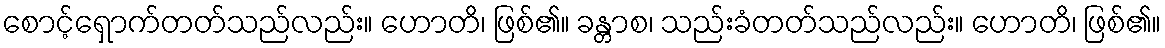
စောင့်ရှောက်တတ်သည်လည်း။ ဟောတိ၊ ဖြစ်၏။ ခန္တာစ၊ သည်းခံတတ်သည်လည်း။ ဟောတိ၊ ဖြစ်၏။